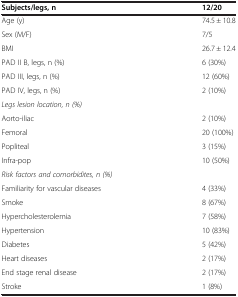
<table><thead><tr><td><b>Subjects/legs, n</b></td><td><b>12/20</b></td></tr></thead><tbody><tr><td>Age (y)</td><td>74.5 ± 10.8</td></tr><tr><td>Sex (M/F)</td><td>7/5</td></tr><tr><td>BMI</td><td>26.7 ± 12.4</td></tr><tr><td>PAD II B, legs, n (%)</td><td>6 (30%)</td></tr><tr><td>PAD III, legs, n (%)</td><td>12 (60%)</td></tr><tr><td>PAD IV, legs, n (%)</td><td>2 (10%)</td></tr><tr><td><i>Legs lesion location, n (%)</i></td><td> </td></tr><tr><td>Aorto-iliac</td><td>2 (10%)</td></tr><tr><td>Femoral</td><td>20 (100%)</td></tr><tr><td>Popliteal</td><td>3 (15%)</td></tr><tr><td>Infra-pop</td><td>10 (50%)</td></tr><tr><td><i>Risk factors and comorbidites, n (%)</i></td><td> </td></tr><tr><td>Familiarity for vascular diseases</td><td>4 (33%)</td></tr><tr><td>Smoke</td><td>8 (67%)</td></tr><tr><td>Hypercholesterolemia</td><td>7 (58%)</td></tr><tr><td>Hypertension</td><td>10 (83%)</td></tr><tr><td>Diabetes</td><td>5 (42%)</td></tr><tr><td>Heart diseases</td><td>2 (17%)</td></tr><tr><td>End stage renal disease</td><td>2 (17%)</td></tr><tr><td>Stroke</td><td>1 (8%)</td></tr></tbody></table>